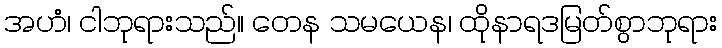
အဟံ၊ ငါဘုရားသည်။ တေန သမယေန၊ ထိုနာရဒမြတ်စွာဘုရား